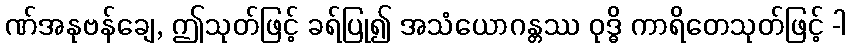
ဏ်အနုဗန်ချေ, ဤသုတ်ဖြင့် ခရ်ပြု၍ အသံယောဂန္တဿ ဝုဒ္ဓိ ကာရိတေသုတ်ဖြင့် -ါ